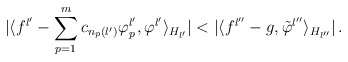
\begin{align*}\vert\langle f^{l'}-\sum_{p=1}^m c_{n_p(l')}\varphi_p^{l'},\varphi^{l'}\rangle_{H_{l'}}\vert <\vert\langle f^{l''}-g,\tilde{\varphi}^{l''}\rangle_{H_{l''}}\vert\, .\end{align*}